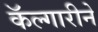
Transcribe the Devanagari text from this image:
कॅल्गारीने